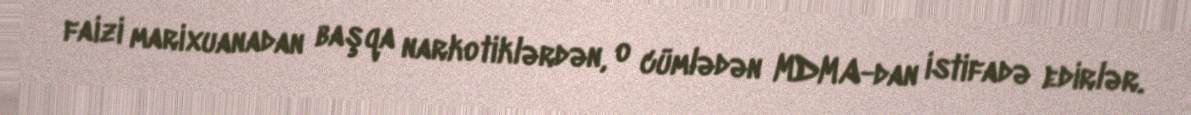
faizi marixuanadan başqa narkotiklərdən, o cümlədən MDMA-dan istifadə edirlər.